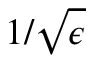
1 / \sqrt \epsilon